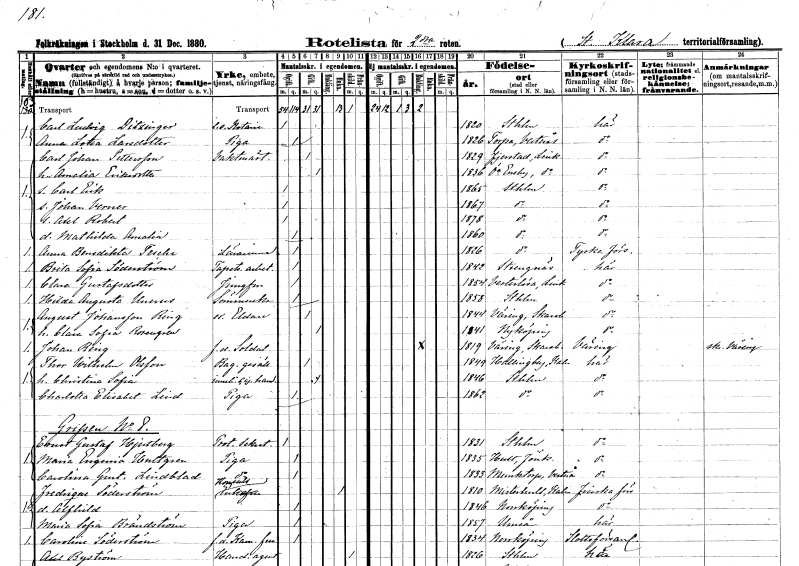
gt_parse: households: individuals: FN: Carl Ludvig
EN: Ditzinger
YRKE: Notarie e.o.
KON: M
CIV: O
FODAR: 1820
FODFORS: Stockholm
FN: Anna Lotta
EN: Larsdotter
YRKE: Piga
KON: K
CIV: O
FODAR: 1826
FODFORS: Torpa Västmanlands län
FN: Carl Johan
EN: Pettersson
YRKE: Vaktmästare
KON: M
CIV: G
FODAR: 1829
FODFORS: Tjärstad Östergötlands län
FN: Amalia
EN: Eriksdotter
KON: K
CIV: G
FODAR: 1836
FODFORS: Östra Eneby Östergötlands län
FN: Carl Erik
KON: M
CIV: O
FODAR: 1865
FODFORS: Stockholm
FN: Johan Verner
KON: M
CIV: O
FODAR: 1867
FODFORS: Stockholm
FN: Axel Robert
KON: M
CIV: O
FODAR: 1878
FODFORS: Stockholm
FN: Mathilda Amalia
KON: K
CIV: O
FODAR: 1860
FODFORS: Stockholm
FN: Anna Benedikta
EN: Tesche
YRKE: Lärarinna
KON: K
CIV: O
FODAR: 1826
FODFORS: Stockholm
FN: Brita Sofia
EN: Söderström
YRKE: Tapetseriarbetare
KON: K
CIV: O
FODAR: 1842
FODFORS: Strängnäs Södermanlands län
FN: Clara
EN: Gustafsdotter
YRKE: Jungfru
KON: K
CIV: O
FODAR: 1854
FODFORS: Västerlösa Östergötlands län
FN: Hilda Augusta
EN: Unerus
YRKE: Sömmerska
KON: K
CIV: O
FODAR: 1858
FODFORS: Stockholm
FN: August
EN: Johansson Ring
YRKE: Eldare extra
KON: M
CIV: G
FODAR: 1844
FODFORS: Väring Skaraborgs län
FN: Clara Sofia
EN: Rosengren
KON: K
CIV: G
FODAR: 1841
FODFORS: Nyköping Södermanlands län
FN: Johan
EN: Ring
YRKE: Soldat f.d.
KON: M
CIV: E
FODAR: 1819
FODFORS: Väring Skaraborgs län
FN: Thor Wilhelm
EN: Olsson
YRKE: Bagaregesäll
KON: M
CIV: G
FODAR: 1849
FODFORS: Hallingeberg Kalmar län
FN: Christina Sofia
YRKE: Cigarrhandlerska
KON: K
CIV: G
FODAR: 1846
FODFORS: Stockholm
FN: Charlotta Elisabet
EN: Lind
YRKE: Piga
KON: K
CIV: O
FODAR: 1862
FODFORS: Stockholm
FN: Ernst Gustaf
EN: Hjertberg
YRKE: Protokollsekreterare
KON: M
CIV: O
FODAR: 1831
FODFORS: Stockholm
FN: Maria Eugenia
EN: Hultgren
YRKE: Piga
KON: K
CIV: O
FODAR: 1835
FODFORS: Hult Jönköpings län
FN: Carolina Gustafva
EN: Lindblad
YRKE: Piga
KON: K
CIV: O
FODAR: 1833
FODFORS: Munktorp Västmanlands län
FN: Fredrique
EN: Söderström
YRKE: Konsulsänka
KON: K
CIV: E
FODAR: 1810
FODFORS: Misterhult Kalmar län
FN: Alfhild
KON: K
CIV: O
FODAR: 1846
FODFORS: Norrköping Östergötlands län
FN: Maria Sofia
EN: Brändström
YRKE: Piga
KON: K
CIV: O
FODAR: 1857
FODFORS: Umeå Västerbottens län